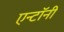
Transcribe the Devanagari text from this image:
एन्टॉनी